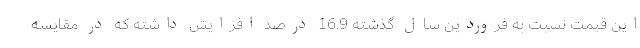
این قیمت نسبت به فروردین سال گذشته 16.9 درصد افزایش داشته که در مقایسه